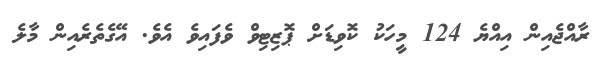
ރާއްޖެއިން އިއްޔެ 124 މީހަކު ކޮވިޑަށް ޕޮޒިޓިވް ވެފައިވެ އެވެ. އޭގެތެރެއިން މާލެ